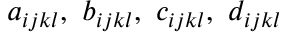
a _ { i j k l } , \ b _ { i j k l } , \ c _ { i j k l } , \ d _ { i j k l }